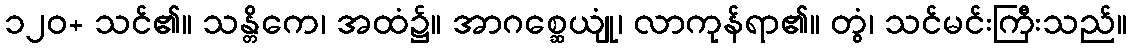
၁၂၀+ သင်၏။ သန္တိကေ၊ အထံ၌။ အာဂစ္ဆေယျုံ၊ လာကုန်ရာ၏။ တွံ၊ သင်မင်းကြီးသည်။